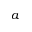
a